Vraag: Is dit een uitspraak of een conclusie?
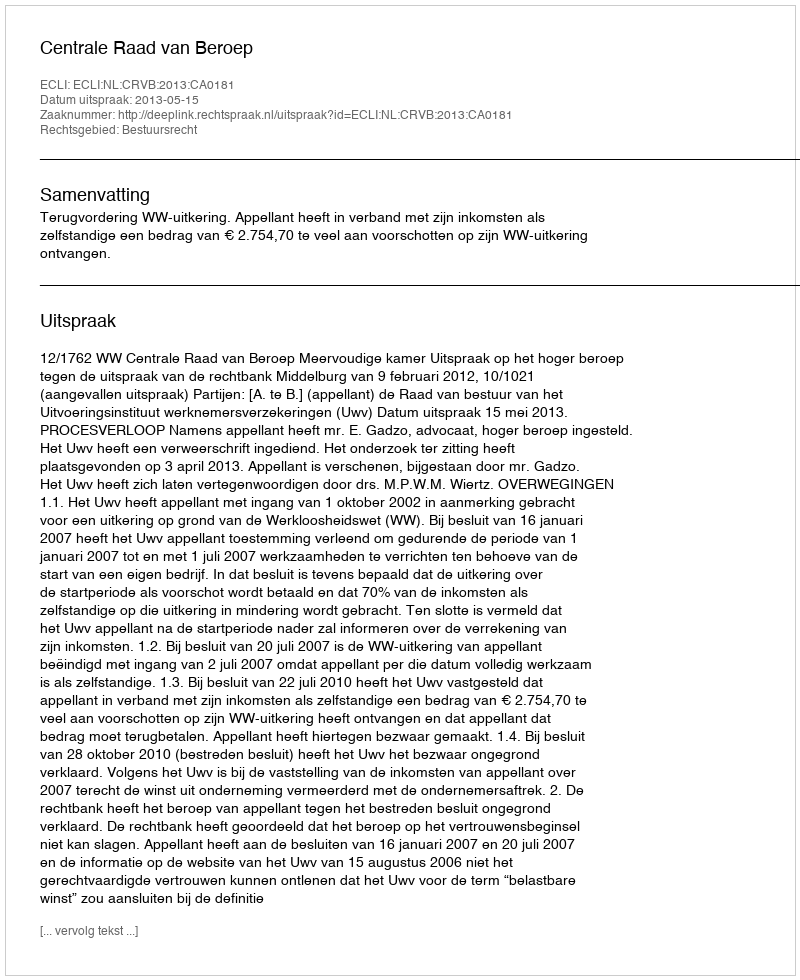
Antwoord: Uitspraak